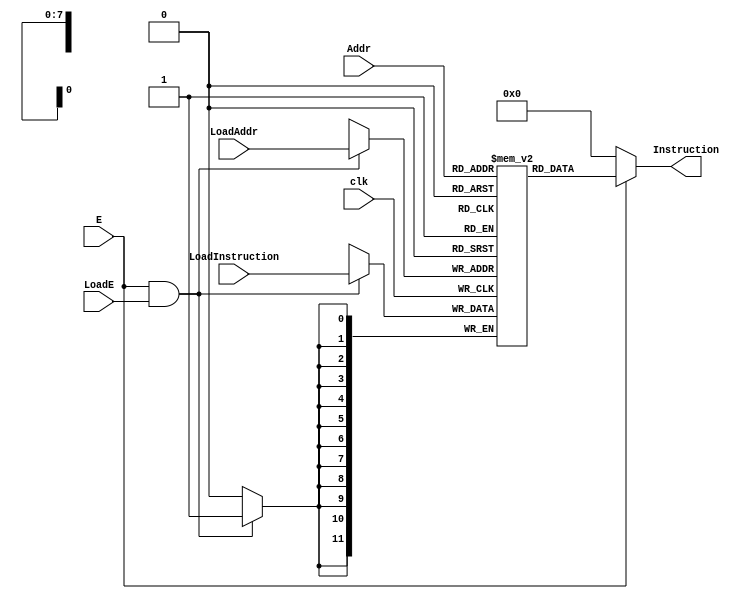
module PMem(
    input clk,
    input E,
    input LoadE,
    input [7:0] Addr,
    output [11:0] Instruction,
    input [7:0] LoadAddr,
    input [11:0] LoadInstruction 
);

    reg [11:0] program_memory [255:0];

    always @(posedge clk)   begin
        if(E == 1 && LoadE == 1) begin
            program_memory[LoadAddr] <= LoadInstruction;
        end
    end

    assign Instruction = (E == 1) ? program_memory[Addr] : 0;

endmodule